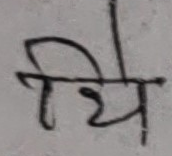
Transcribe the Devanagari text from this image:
थि